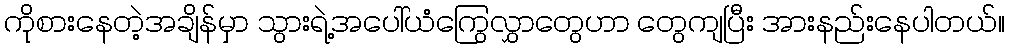
ကိုစားနေတဲ့အချိန်မှာ သွားရဲ့အပေါ်ယံကြွေလွှာတွေဟာ တွေကျပြီး အားနည်းနေပါတယ်။